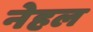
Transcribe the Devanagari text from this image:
नेहल